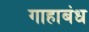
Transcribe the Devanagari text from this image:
गाहाबंध